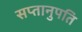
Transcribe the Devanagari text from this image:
सप्तानुपति